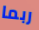
ربما